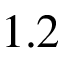
1 . 2